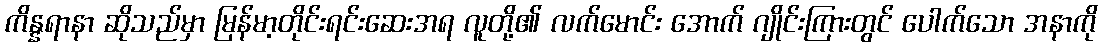
ကိန္နရာနာ ဆိုသည်မှာ မြန်မာ့တိုင်းရင်းဆေးအရ လူတို့၏ လက်မောင်း အောက် ဂျိုင်းကြားတွင် ပေါက်သော အနာကို